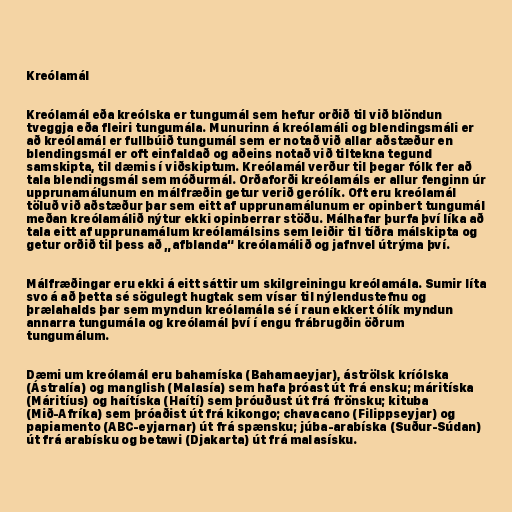
Kreólamál

Kreólamál eða kreólska er tungumál sem hefur orðið til við blöndun
tveggja eða fleiri tungumála. Munurinn á kreólamáli og blendingsmáli er
að kreólamál er fullbúið tungumál sem er notað við allar aðstæður en
blendingsmál er oft einfaldað og aðeins notað við tiltekna tegund
samskipta, til dæmis í viðskiptum. Kreólamál verður til þegar fólk fer að
tala blendingsmál sem móðurmál. Orðaforði kreólamáls er allur fenginn úr
upprunamálunum en málfræðin getur verið gerólík. Oft eru kreólamál
töluð við aðstæður þar sem eitt af upprunamálunum er opinbert tungumál
meðan kreólamálið nýtur ekki opinberrar stöðu. Málhafar þurfa því líka að
tala eitt af upprunamálum kreólamálsins sem leiðir til tíðra málskipta og
getur orðið til þess að „afblanda“ kreólamálið og jafnvel útrýma því.

Málfræðingar eru ekki á eitt sáttir um skilgreiningu kreólamála. Sumir líta
svo á að þetta sé sögulegt hugtak sem vísar til nýlendustefnu og
þrælahalds þar sem myndun kreólamála sé í raun ekkert ólík myndun
annarra tungumála og kreólamál því í engu frábrugðin öðrum
tungumálum.

Dæmi um kreólamál eru bahamíska (Bahamaeyjar), áströlsk kríólska
(Ástralía) og manglish (Malasía) sem hafa þróast út frá ensku; máritíska
(Máritíus) og haítíska (Haítí) sem þróuðust út frá frönsku; kituba
(Mið-Afríka) sem þróaðist út frá kikongo; chavacano (Filippseyjar) og
papiamento (ABC-eyjarnar) út frá spænsku; júba-arabíska (Suður-Súdan)
út frá arabísku og betawi (Djakarta) út frá malasísku.